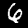
Digit: 6